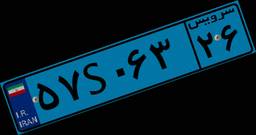
۵۷S۰۶۳۲۶